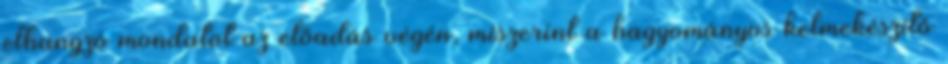
elhangzó mondatot az előadás végén, miszerint a hagyományos kelmekészítő